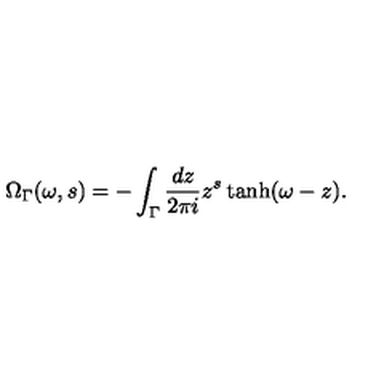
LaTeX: \Omega _ { \Gamma } ( \omega , s ) = - \int _ { \Gamma } \frac { d z } { 2 \pi i } z ^ { s } \tanh ( \omega - z ) .